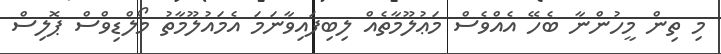
މި ތިން މީހުންނާ ބެހޭ އެއްވެސް މަޢުލޫމާތެއް ލިބިފައިވާނަމަ އެމައުލޫމާތު މޯލްޑިވްސް ޕޮލިސް